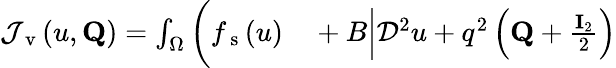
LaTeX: \begin{array}{rl}{\mathcal{J}_{\mathrm{~v~}}(u,\mathbf{Q})=\int_{\Omega}\bigg(f_{\mathrm{~s~}}(u)}&{{}+B\left|\mathcal{D}^{2}u+q^{2}\left(\mathbf{Q}+\frac{\mathbf{I}_{2}}{2}\right)u\right|^{2}\! \! \! \! \! \! \! \! }\end{array}